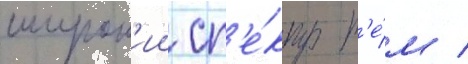
широк'ии сп'е́ктр т'е́м /